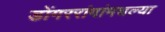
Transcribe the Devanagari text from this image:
डोंगररांगांमधल्या